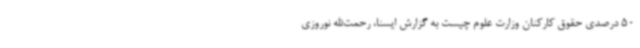
50 درصدی حقوق کارکنان وزارت علوم چیست به گزارش ایسنا، رحمت‌الله نوروزی